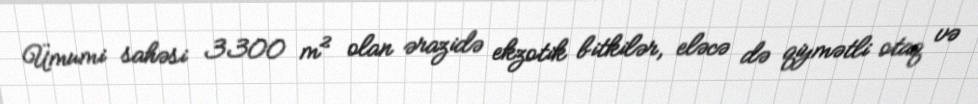
Ümumi sahəsi 3300 m² olan ərazidə ekzotik bitkilər, eləcə də qiymətli otaq və